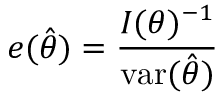
e ( { \hat { \theta } } ) = { \frac { I ( \theta ) ^ { - 1 } } { \operatorname { v a r } ( { \hat { \theta } } ) } }